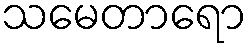
သမေတာရော